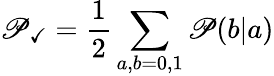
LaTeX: \mathscr{P}_{\checkmark}=\frac{{1}}{{2}}\sum_{a,b=0,1}\mathscr{P}(b|a)